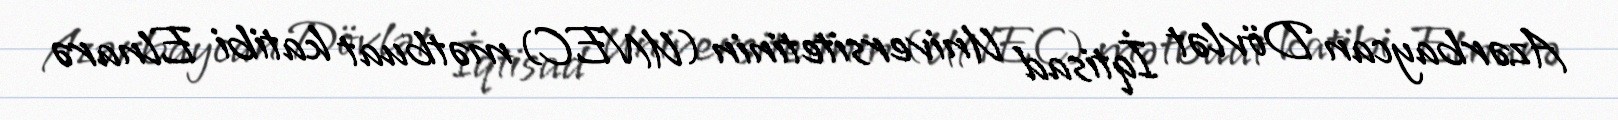
Azərbaycan Dövlət İqtisad Universitetinin (UNEC) mətbuat katibi Elnarə